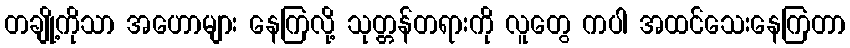
တချို့ကိုသာ အဟောများ နေကြလို့ သုတ္တန်တရားကို လူတွေ ကပါ အထင်သေးနေကြတာ